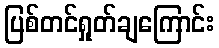
ပြစ်တင်ရှုတ်ချကြောင်း